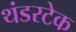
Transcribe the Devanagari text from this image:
थंडरटेक